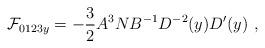
LaTeX: \begin{align*}{\cal F}_{0123y}= - {3\over 2} A^3 N B^{-1} D^{-2}(y)D'(y) \ , \end{align*}